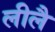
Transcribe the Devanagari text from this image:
लीलै